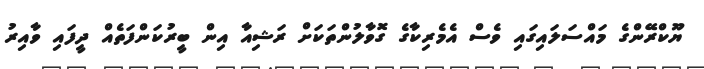
ޔޫކްރޭންގެ މައްސަލައިގައި ވެސް އެމެރިކާގެ ގޮވާލުންތަކަށް ރަޝިއާ އިން ބީރުކަންފަތެއް ދީފައި ވާއިރު